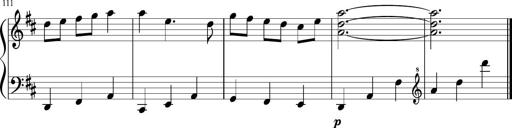
Title: Sonatine Nr.1 in C-Dur
Composer: DÃ©sirÃ©e Manns
Key: C major